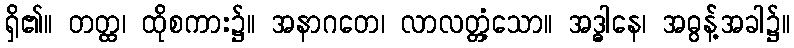
ရှိ၏။ တတ္ထ၊ ထိုစကား၌။ အနာဂတေ၊ လာလတ္တံ့သော။ အဒ္ဓါနေ၊ အဓွန့်အခါ၌။